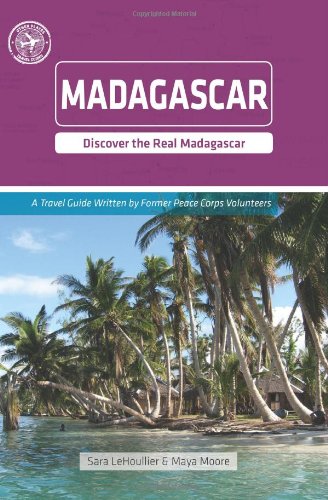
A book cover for Madagascar (Other Places Travel Guide); Sara LeHoullier; Travel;